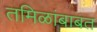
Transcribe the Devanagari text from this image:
तमिळांबाबत